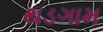
થડગામ